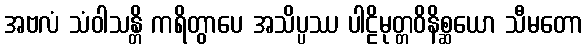
အဗလံ သံဝါသန္တိ ကရိတွာပေ အသိပ္ပဿ ပါဠိမုတ္တဝိနိစ္ဆယော သီမတော